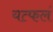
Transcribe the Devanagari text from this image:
यत्फलं